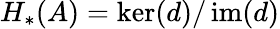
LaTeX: H_{*}(A)=\ker(d)/\operatorname{im}(d)